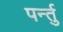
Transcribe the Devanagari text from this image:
पर्न्तु